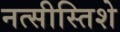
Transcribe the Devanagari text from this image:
नत्सीस्तिशे